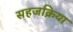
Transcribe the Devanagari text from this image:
सहजक्रिया